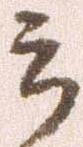
郎